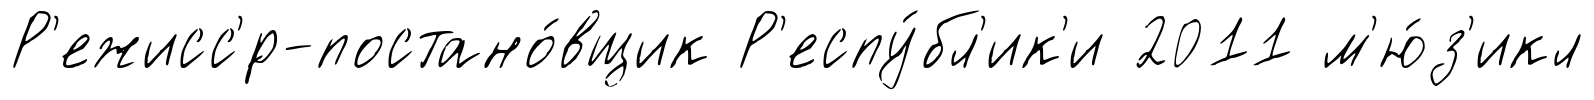
Р'ежисс'́р-постано́вщик Р'еспу́бл'ик'и 2011 м'ю́з'икл